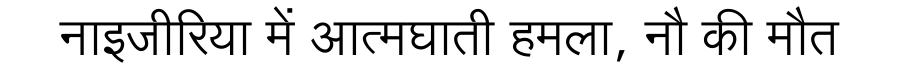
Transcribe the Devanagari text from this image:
नाइजीरिया में आत्मघाती हमला, नौ की मौत